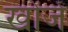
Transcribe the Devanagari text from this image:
खोंजें